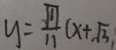
y = \frac { \sqrt { 1 1 } } { 1 1 } ( x + \sqrt { 3 } ,